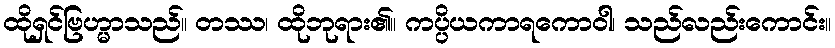
ထိုရှင်ဗြဟ္မာသည်။ တဿ၊ ထိုဘုရား၏။ ကပ္ပိယကာရကောဝါ၊ သည်လည်းကောင်း။